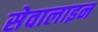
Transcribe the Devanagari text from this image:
सेवालाइन